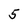
Character: 5